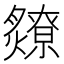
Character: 爒